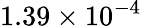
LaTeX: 1.39\times 10^{-4}